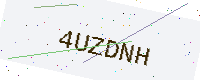
Text: 4UZDNH